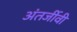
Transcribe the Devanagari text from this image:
अंतर्जीवी